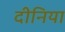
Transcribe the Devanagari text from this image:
दीनिया